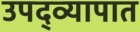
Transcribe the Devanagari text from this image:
उपद्व्यापात